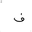
Letter: _fa